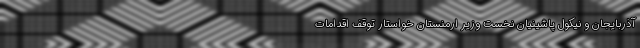
آذربایجان و نیکول پاشینیان نخست وزیر ارمنستان خواستار توقف اقدامات